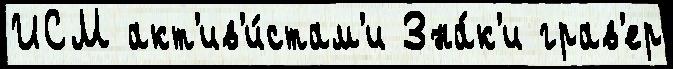
ИСМ акт'ив'и́стам'и Зна́к'и грав'ер